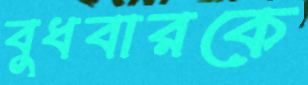
বুধবারকে